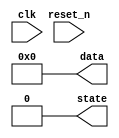
module initialization_example (
    input wire clk,          // Clock signal
    input wire reset_n,      // Active-low reset signal
    output reg [7:0] data,   // 8-bit data register
    output reg state         // State variable
);

// Initialization Block
always @(*) begin
    // Default values for simulation
    data = 8'b0;            // Initialize data to zero
    state = 1'b0;           // Initialize state to '0'
end

// Sequential Logic Block
always @(posedge clk or negedge reset_n) begin
    if (!reset_n) begin
        // Reset condition
        data <= 8'b0;      // Reset data to zero
        state <= 1'b0;     // Reset state to initial state
    end else begin
        // Normal operation (example operation)
        data <= data + 1;  // Increment data on each clock cycle
        state <= ~state;    // Toggle state on each clock cycle
    end
end

endmodule